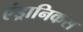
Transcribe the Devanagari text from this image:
एंड्रानिकस